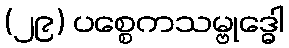
(၂၉) ပစ္စေကသမ္ဗုဒ္ဓေါ